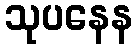
သုပနေန